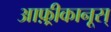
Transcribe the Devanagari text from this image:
आफ़्रीकानूस्